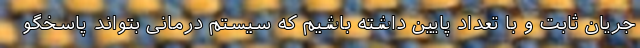
جریان ثابت و با تعداد پایین داشته باشیم که سیستم درمانی بتواند پاسخگو